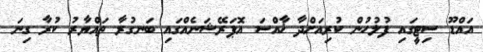
އައްޑޫ ސިޓީގައި ފުލުހުން ކުރިއަށްދާ ޚާއްސަ އޮޕަރޭޝަނެއްގައި ބަނގުރާ ތައްޔާރު ކުރާ ގިނަ